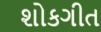
શોકગીત